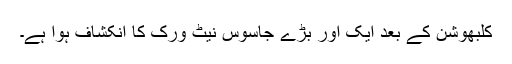
کلبھوشن کے بعد ایک اور بڑے جاسوس نیٹ ورک کا انکشاف ہوا ہے۔